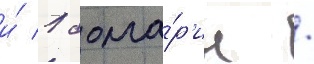
и́ 1 болга́р'ин /